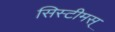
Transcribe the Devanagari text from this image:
सिस्टीमस्